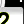
Digit: 2